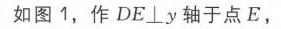
如图1，作\(DE\perp y\)轴于点\(E\)，